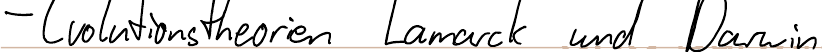
- Evolutionstheorien Lamarck und Darwin